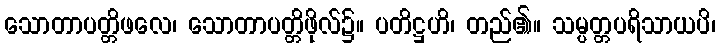
သောတာပတ္တိဖလေ၊ သောတာပတ္တိဖိုလ်၌။ ပတိဋ္ဌဟိ၊ တည်၏။ သမ္ပတ္တပရိသာယပိ၊